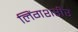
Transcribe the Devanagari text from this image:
लिंगशरीर